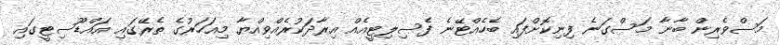
މަސްވެރިން ބާނާ މަސްގަނެ ފިނިކޮށްފައި ބެހެއްޓޭނެ ފެސިލިޓީއެއް އިރާދަކުރެއްވިއްޔާ މިއަހަރުގެ ތެރޭގައި އައްޑޫސިޓީގައި